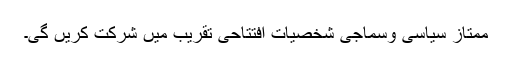
ممتاز سیاسی وسماجی شخصیات افتتاحی تقریب میں شرکت کریں گی۔